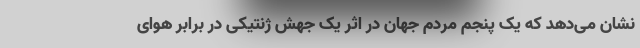
نشان می‌دهد که یک پنجم مردم جهان در اثر یک جهش ژنتیکی در برابر هوای